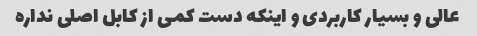
عالی و بسیار کاربردی و اینکه دست کمی از کابل اصلی نداره